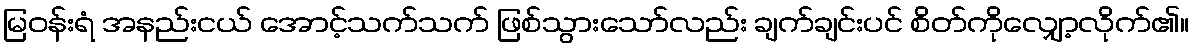
မြဝန်းရံ အနည်းငယ် အောင့်သက်သက် ဖြစ်သွားသော်လည်း ချက်ချင်းပင် စိတ်ကိုလျှော့လိုက်၏။